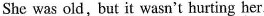
She was old, but it wasn't hurting her.